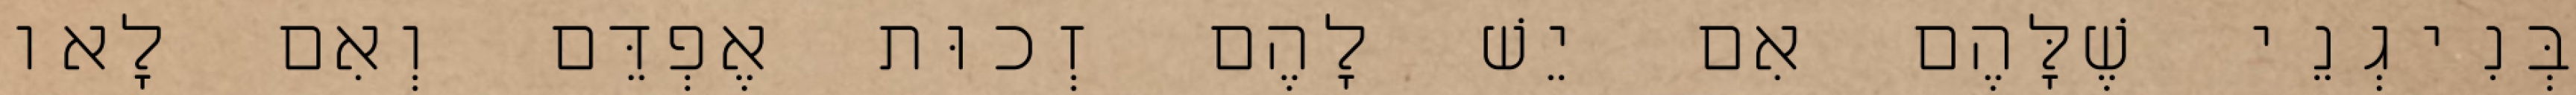
בְּנִיגְנֵי שֶׁלָּהֶם אִם יֵשׁ לָהֶם זְכוּת אֶפְדֵּם וְאִם לָאו